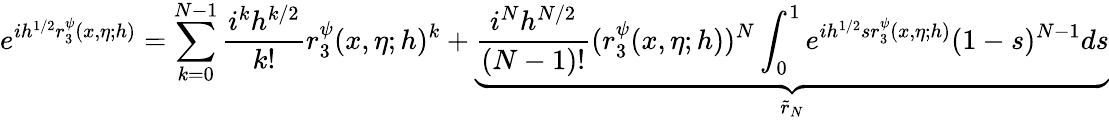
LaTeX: e^{ih^{1/2}r_{3}^{\psi}(x,\eta;h)}=\sum_{k=0}^{N-1}\frac{i^{k}h^{k/2}}{k!}r_{3}^{\psi}(x,\eta;h)^{k}+\underbrace{\frac{i^{N}h^{N/2}}{(N-1)!}(r_{3}^{\psi}(x,\eta;h))^{N}\int_{0}^{1}e^{ih^{1/2}sr_{3}^{\psi}(x,\eta;h)}(1-s)^{N-1}ds}_{\tilde{r}_{N}}